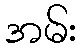
အမ်း